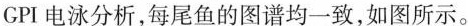
GPI电泳分析，每尾鱼的图谱均一致，如图所示。